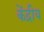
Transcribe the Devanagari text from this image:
केंद्रीय